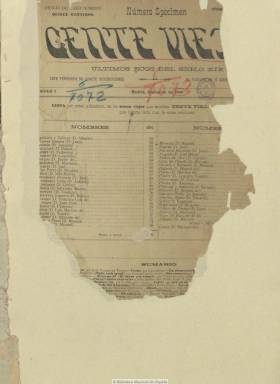
Título: Gente vieja
Colección: Cultura
Ámbito geográfico: Madrid
Lugar de publicación: Madrid
Fechas: 01/12/1900-25/10/1905

Revista que aparece en diciembre de 1900 con el subtítulo “últimos ecos del siglo XIX”, fundada y dirigida por el literato Juan Valero de Tornos (1842-1905), a la que, junto a Madrid cómico (1880-1923), se le ha llegado a considerar como bastión del antimodernismo. En su primer artículo se señala que “vamos, no solamente a evocar el pasado, sino a predecir el futuro y a criticar lo presente”, siendo su propósito la autoafirmación y defensa de las posiciones de los “mozos viejos” de la cultura española frente al empuje de los jóvenes interesados por las nuevas tendencias, pero también aclarará que no clasificará a los escritores “en viejos y jóvenes”, sino “en malos y buenos”.

Al principio aparece con periodicidad decenal, y a partir del 15 de abril de 1903, será quincenal. Es impresa en gran formato, que, en su número de 15 de noviembre de ese año, reducirá, siendo compuesta a tres columnas. En la primera página de cada una de sus entregas ofrece, por orden alfabético, la lista de sus colaboradores, con la expresión de sus años, que en ese momento debían superar los cincuenta de edad, hasta un total de 47 nombres que, en enero de 1904 aumenta, hasta alcanzar 88 su número.

En esa gran nómina se encontrarán, entre otros, José Fernández Bremón, Marcos Zapata, Tomás Luceño, Antonio Fernández Grilo, Francisco Silvela, Manuel Valcárcel, José María Nogués, Manuel de Palacio, Juan Álvarez Guerra, Federico Balart, Julián Romea, Javier de Burgos, Carlos Frontaura, Salvador Granés, Eusebio Blasco, Emilio Gutiérrez Granero, Luis Mariano de Larra, Miguel Morayta, Gaspar Núñez de Arce, Carlos Peñaranda, Mariano Vallejo, Enrique Príncipe y Setorres, Antonio Pareja Serrada o Manuel Ortiz Pinedo. Pero también colaborarán, como “viejos honorarios”, entre otros, Mariano de Cavia, Santiago Ramón y Cajal y hasta un Manuel Azaña, que escribirá bajo el seudónimo Salvador Rodrigo.

El interés prioritario de la revista es el literario, con profusión de textos creativos en prosa y en verso, pero en sus páginas se plantearán también cuestiones políticas y sociales. Cada número comienza con la sección “Información de Gente Vieja”, especie de editorial que escribe su director sobre asuntos de actualidad o de cariz sociológico o necrología. Especial atención dedica a la crítica literaria en su sección “Cosas”, también bajo la rúbrica de Valero de Tornos o la de Cagliostro, apareciendo Pío Baroja como uno de los novelistas que más fue valorado por la revista, y sobre la que se ha destacado también sus encuestas y su concurso, precisamente, sobre autores modernistas (números 39-46), o las reflexiones que sobre este movimiento escribe Nogués (número 37). La sección “La decena teatral” es también de crítica, y tendrá otra de bibliografía y las denominadas “La vejez militante”, con biografías, y “Causas que fueron”, de carácter histórico y que ilustra con algunos grabados.

Asimismo cuenta con una sección de carácter político bajo el epígrafe “Revista parlamentaria” (a partir del número 66), y han sido resaltados también los textos de crítica política y social que publica José Nekens o los dedicados al movimiento obrero, de Melitón Martín. Aunque los asuntos sobre arte y filosofía estuvieron relegados, Ramón y Cajal empezó en sus páginas a recopilar sus pensamientos, y Manuel Ossorio y Bernard iniciará, también, en ellas su catálogo de periodistas españoles del siglo XIX. Edita algunas entregas especiales, como las dedicadas a José Echegaray con motivo de recibir el premio Nobel (número 125), o al propio Valero de Tornos, tras fallecer en abril de 1905 (número 132). A partir de entonces la dirección de la revista –que contó también con páginas de anuncios comerciales- debió asumirla su hijo, Alejandro Bhér.

El número 142-143, correspondiente al 25 de octubre de 1905, es el último de la colección de la Biblioteca Nacional de España. Referencias bibliográficas sobre esta publicación se encuentran en Gómez Aparicio (1974), Lituak (1977), Cruz Seoane (1986), Mainer (1988) y, especialmente, en Celma Valero (1991).